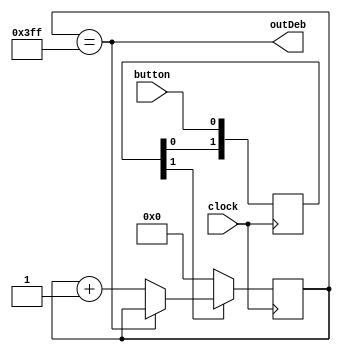
`timescale 1ns / 1ps


module debounce(

input clock,
input button,
output outDeb

);      

reg [9:0] ctr_d, ctr_q;
reg [1:0] sync_d, sync_q;
  
initial begin
    ctr_d <= 0;
    ctr_q <= 0;
    sync_d <= 0;
    sync_q <= 0;
end

always @(*) begin
    sync_d[0] = button;
    sync_d[1] = sync_q[0];
    ctr_d = ctr_q + 1'b1;

if (ctr_q == {10{1'b1}}) begin
  ctr_d = ctr_q;
end

if (!sync_q[1])
  ctr_d = 10'd0;
end
 
always @(posedge clock) begin
    ctr_q <= ctr_d;
    sync_q <= sync_d;
end
 
assign outDeb = ctr_q == {10{1'b1}}; 
 
endmodule